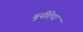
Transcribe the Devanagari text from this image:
बुर्यतिया